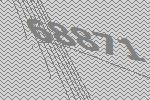
68871